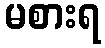
မစားရ